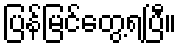
ပြန်မြင်တွေ့ရပြီ။